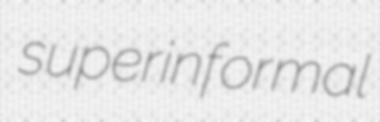
superinformal